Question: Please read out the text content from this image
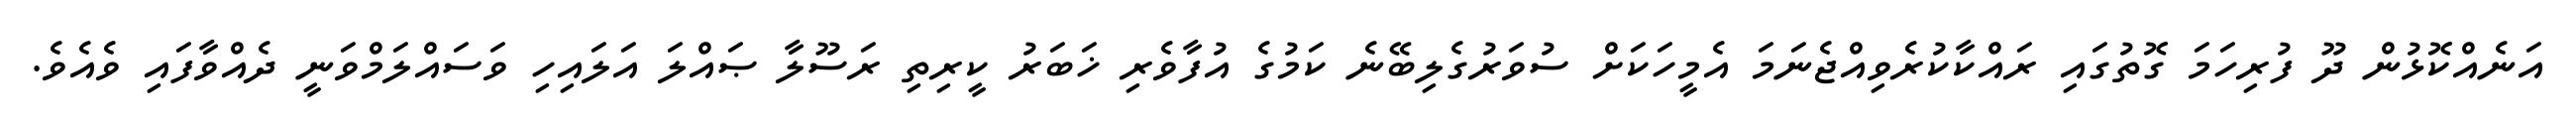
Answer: އަނެއްކޮޅުން ދޫ ފުރިހަމަ ގޮތުގައި ރައްކާކުރެވިއްޖެނަމަ އެމީހަކަށް ސުވަރުގެލިބޭނެ ކަމުގެ އުފާވެރި ޚަބަރު ކީރިތި ރަސޫލާ ޞައްލަ އަލައިހި ވަސައްލަމްވަނީ ދެއްވާފައި ވެއެވެ.